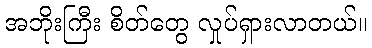
အဘိုးကြီး စိတ်တွေ လှုပ်ရှားလာတယ်။